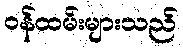
ဝန်ထမ်းများသည်